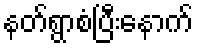
နတ်ရွာစံပြီးနောက်